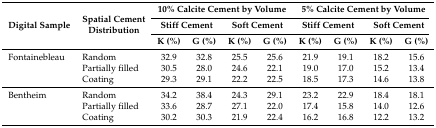
<table><thead><tr><td rowspan="3"><b>Digital Sample</b></td><td rowspan="3"><b>Spatial CementDistribution</b></td><td colspan="4"><b>10% Calcite Cement by Volume</b></td><td colspan="4"><b>5% Calcite Cement by Volume</b></td></tr><tr><td colspan="2"><b>Stiff Cement</b></td><td colspan="2"><b>Soft Cement</b></td><td colspan="2"><b>Stiff Cement</b></td><td colspan="2"><b>Soft Cement</b></td></tr><tr><td><b>K (%)</b></td><td><b>G (%)</b></td><td><b>K (%)</b></td><td><b>G (%)</b></td><td><b>K (%)</b></td><td><b>G (%)</b></td><td><b>K (%)</b></td><td><b>G (%)</b></td></tr></thead><tbody><tr><td>Fontainebleau</td><td>Random</td><td>32.9</td><td>32.8</td><td>25.5</td><td>25.6</td><td>21.9</td><td>19.1</td><td>18.2</td><td>15.6</td></tr><tr><td></td><td>Partially filled</td><td>30.5</td><td>28.0</td><td>24.6</td><td>22.1</td><td>19.0</td><td>17.0</td><td>15.2</td><td>13.4</td></tr><tr><td></td><td>Coating</td><td>29.3</td><td>29.1</td><td>22.2</td><td>22.5</td><td>18.5</td><td>17.3</td><td>14.6</td><td>13.8</td></tr><tr><td>Bentheim</td><td>Random</td><td>34.2</td><td>38.4</td><td>24.3</td><td>29.1</td><td>23.2</td><td>22.9</td><td>18.4</td><td>18.1</td></tr><tr><td></td><td>Partially filled</td><td>33.6</td><td>28.7</td><td>27.1</td><td>22.0</td><td>17.4</td><td>15.8</td><td>14.0</td><td>12.6</td></tr><tr><td></td><td>Coating</td><td>30.2</td><td>30.3</td><td>21.9</td><td>22.4</td><td>16.2</td><td>16.8</td><td>12.2</td><td>13.2</td></tr></tbody></table>